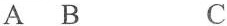
A B C